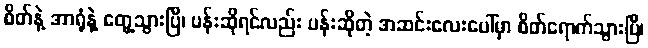
စိတ်နဲ့ အာရုံနဲ့ တွေ့သွားပြီ၊ ပန်းဆိုရင်လည်း ပန်းဆိုတဲ့ အဆင်းလေးပေါ်မှာ စိတ်ရောက်သွားပြီ၊